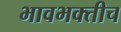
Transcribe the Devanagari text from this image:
भावभक्तीच